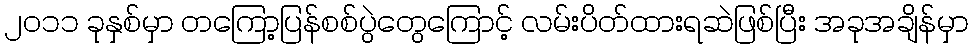
၂၀၁၁ ခုနှစ်မှာ တကြော့ပြန်စစ်ပွဲတွေကြောင့် လမ်းပိတ်ထားရဆဲဖြစ်ပြီး အခုအချိန်မှာ